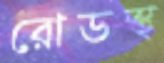
রোডস্থ